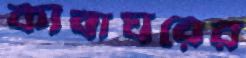
কাবাঘরের